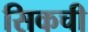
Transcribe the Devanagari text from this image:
सिकची